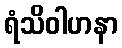
ရံသိဝါဟနာ